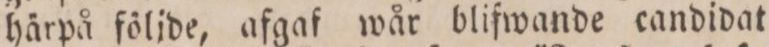
härpå följde, afgaf wår blifwande candidat